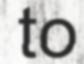
to